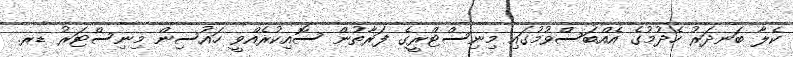
ކެލާ ބަނދަރު ހެދުމުގެ އެއްބަސްވުމުގައި މިނިސްޓްރީގެ ފަރާތުން ސޮއިކުރެއްވީ ހައުސިން މިނިސްޓަރު ޑރ.